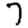
Digit: 7